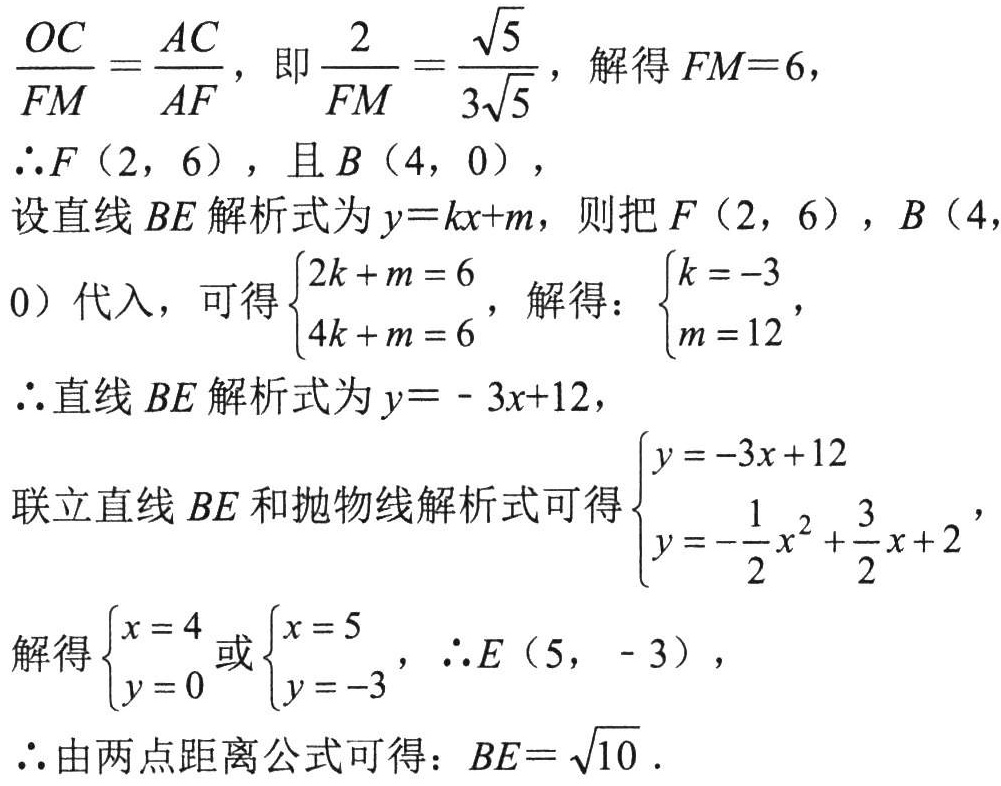
\(\frac{OC}{FM}=\frac{AC}{AF}\)，即\(\frac{2}{FM}=\frac{\sqrt{5}}{3\sqrt{5}}\)，解得 \(FM = 6\)，
\(\therefore F(2,6)\)，且 \(B(4,0)\)，
设直线 \(BE\) 解析式为 \(y = kx + m\)，则把 \(F(2,6)\)，\(B(4,0)\) 代入，可得\(\begin{cases}2k + m = 6\\4k + m = 6\end{cases}\)，解得：\(\begin{cases}k = -3\\m = 12\end{cases}\)，
\(\therefore\) 直线 \(BE\) 解析式为 \(y = -3x + 12\)，
联立直线 \(BE\) 和抛物线解析式可得\(\begin{cases}y = -3x + 12\\y = -\frac{1}{2}x^{2}+\frac{3}{2}x + 2\end{cases}\)，
解得\(\begin{cases}x = 4\\y = 0\end{cases}\)或\(\begin{cases}x = 5\\y = -3\end{cases}\)，\(\therefore E(5,-3)\)，
\(\therefore\) 由两点距离公式可得：\(BE = \sqrt{10}\).